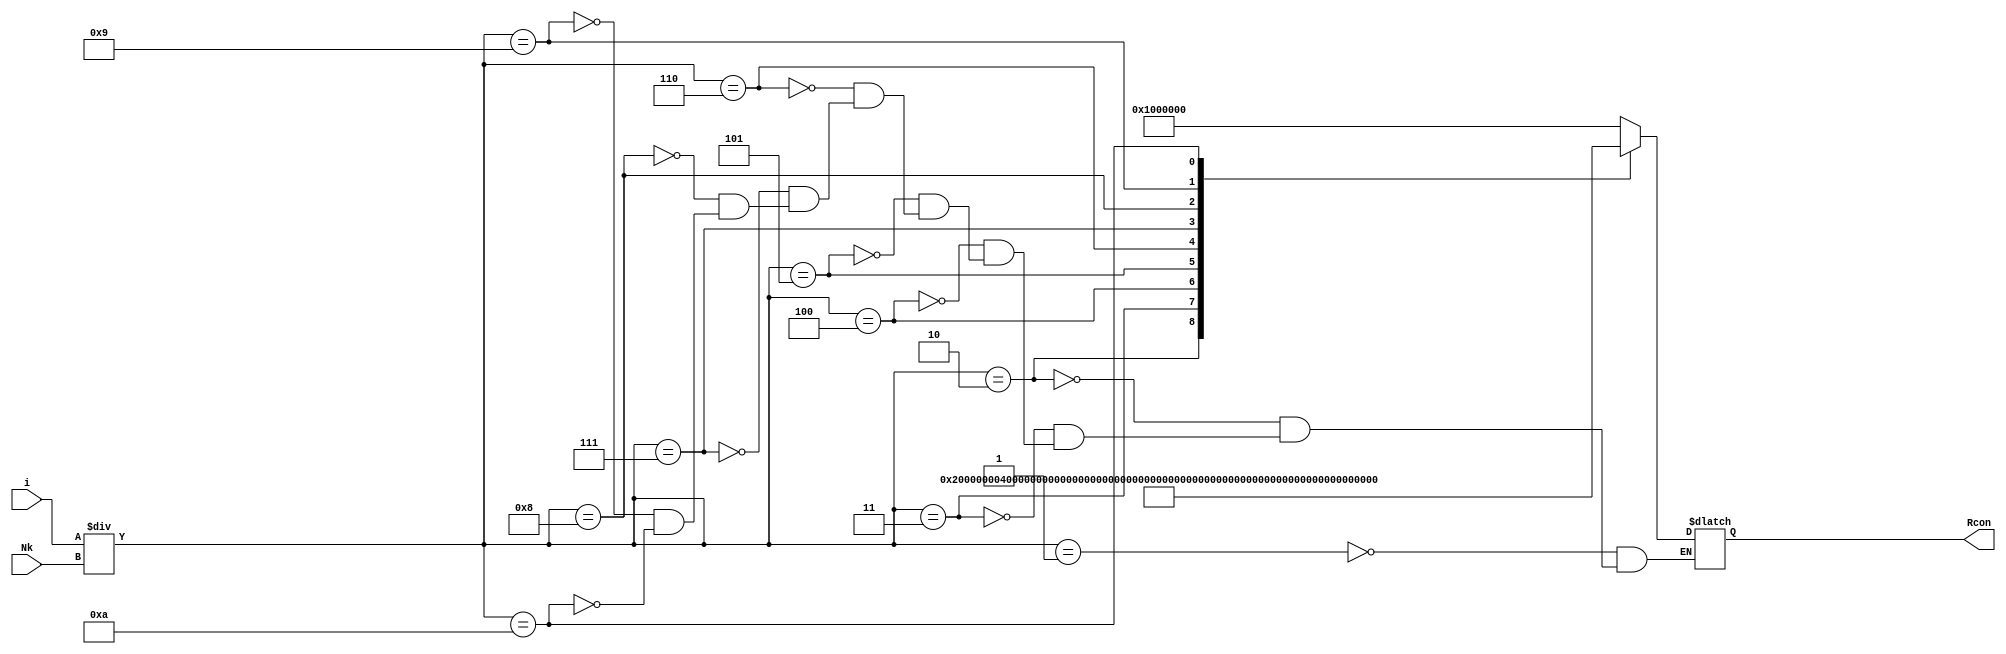
module RconGenerator (input[5:0] i , input [3:0]Nk , output [31:0] Rcon);

reg [31:0] RconTemp ;
assign Rcon = RconTemp ;

always @ (i)
begin
case(i/Nk)
4'd1 : RconTemp=32'h01000000;
4'd2 : RconTemp=32'h02000000;
4'd3 : RconTemp=32'h04000000;
4'd4 : RconTemp=32'h08000000;
4'd5 : RconTemp=32'h10000000;
4'd6 : RconTemp=32'h20000000;
4'd7 : RconTemp=32'h40000000;
4'd8 : RconTemp=32'h80000000;
4'd9 : RconTemp=32'h1b000000;
4'd10 :RconTemp=32'h36000000;

endcase
end

endmodule